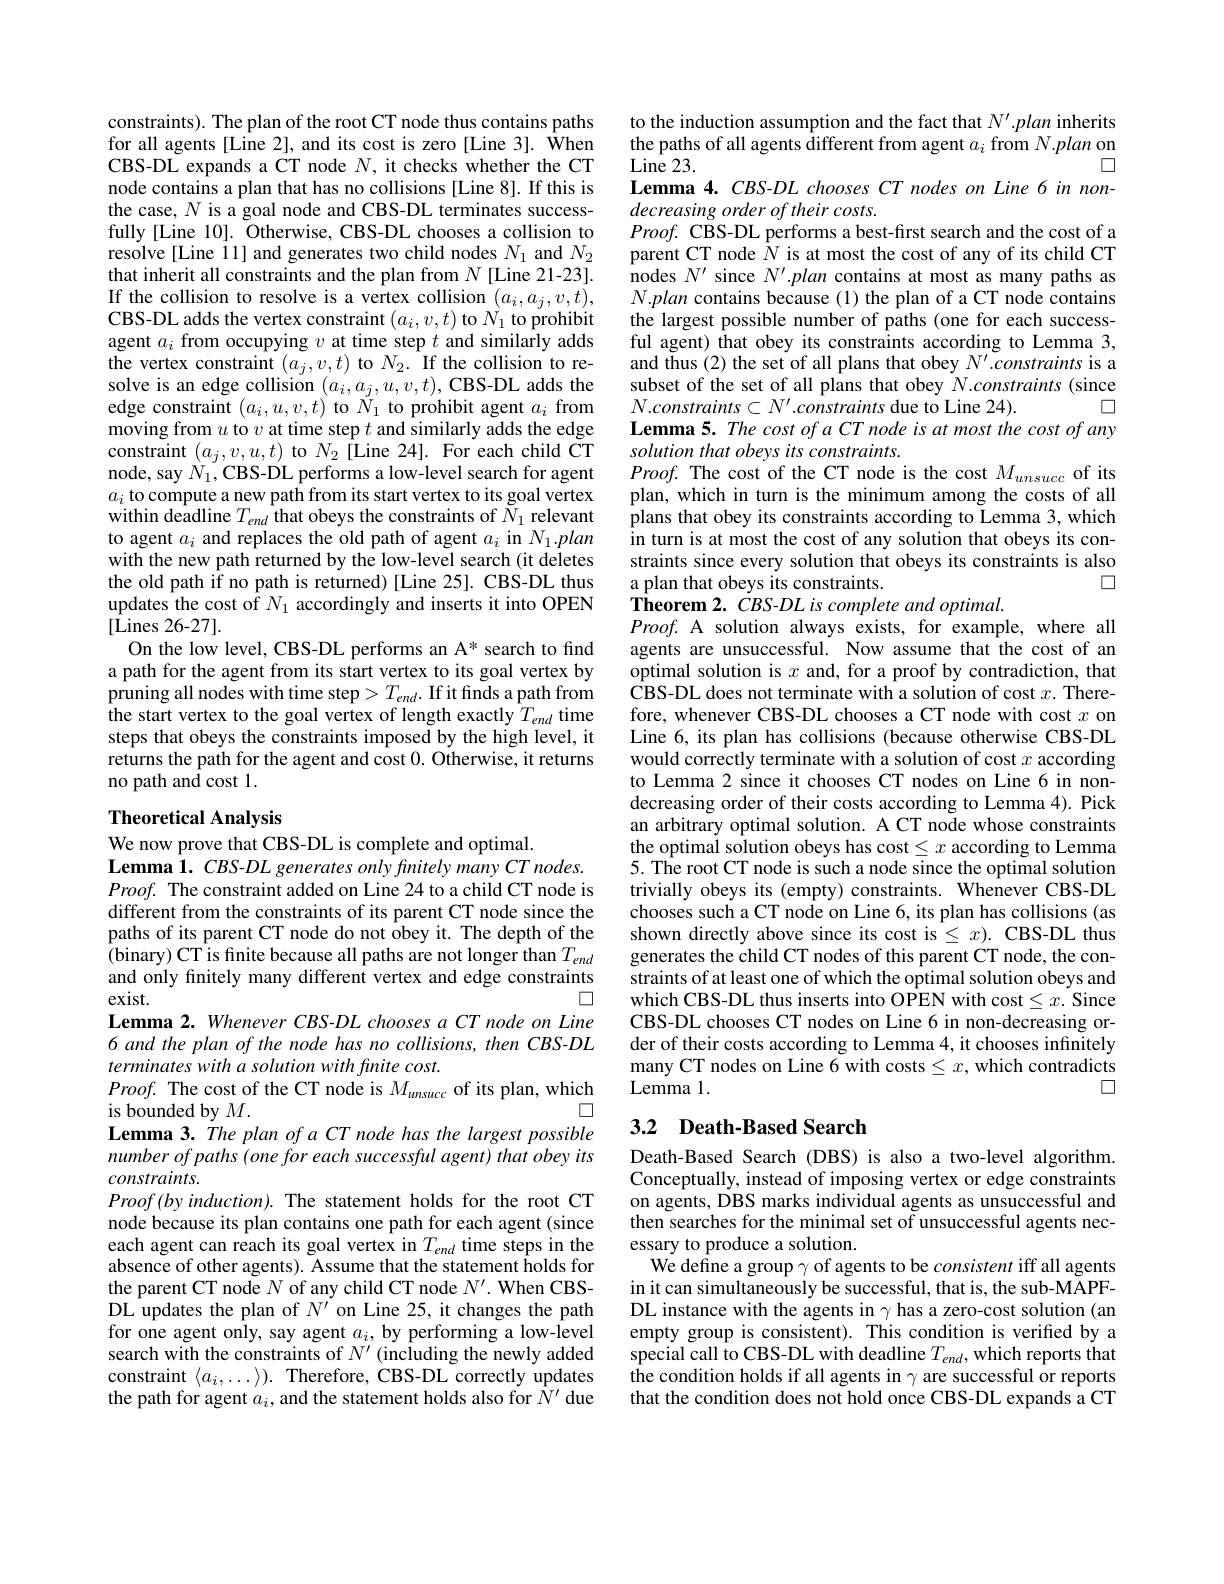
constraints). The plan of the root CT node thus contains paths for all agents [Line 2], and its cost is zero [Line 3]. When CBS-DL expands a CT node $N$, it checks whether the CT node contains a plan that has no collisions [Line 8]. If this is the case, $N$ is a goal node and CBS-DL terminates successfully [Line 10]. Otherwise, CBS-DL chooses a collision to resolve [Line 11] and generates two child nodes $N_1$ and $N_2$ that inherit all constraints and the plan from $N$ [Line 21-23]. If the collision to resolve is a vertex collision $(a_i,a_j,v,t)$, CBS-DL adds the vertex constraint $(a_i,v,t)$ to $N_1$ to prohibit agent $a_i$ from occupying $v$ at time step $t$ and similarly adds the vertex constraint $(a_j,v,t)$ to $N_2.$ If the collision to resolve is an edge collision $( a_i, a_j, u, v, t) , \textbf{CBS- DL adds the}$ edge constraint $(a_i,u,v,t)$ to $N_1$ to prohibit agent $a_i$ from moving from $u$ to $v$ at time step $t$ and similarly adds the edge constraint $(a_j,v,u,t)$ to $N_2$ [Line 24]. For each child CT node, say $N_{1}$,CBS-DL performs a low-level search for agent $a_i$ to compute a new path from its start vertex to its goal vertex within deadline $T_end$ that obeys the constraints of $\tilde{N}_{1}$ relevant to agent $a_i$ and replaces the old path of agent $a_i$ in $N_1.plan$ with the new path returned by the low-level search (it deletes the old path if no path is returned) [Line 25]. CBS-DL thus updates the cost of $N_1$ accordingly and inserts it into OPEN [Lines 26-27].
On the low level, CBS-DL performs an A* search to find a path for the agent from its start vertex to its goal vertex by pruning all nodes with time step$>T_end.$ If it finds a path from the start vertex to the goal vertex of length exactly $T_{end}$ time steps that obeys the constraints imposed by the high level, it returns the path for the agent and cost 0. Otherwise, it returns no path and cost 1.

## Theoretical Analysis

We now prove that CBS-DL is complete and optimal.
Lemma 1. CBS-DL generates only finitely many CT nodes. $Proof.$ The constraint added on Line 24 to a child CT node is different from the constraints of its parent CT node since the paths of its parent CT node do not obey it. The depth of the (binary) CT is finite because all paths are not longer than $T_end$ and only finitely many different vertex and edge constraints
口
exist.
Lemma 2. Whenever CBS-DL chooses a CT node on Line 6 and the plan of the node has no collisions, then CBS-DL terminates with a solution with finite cost.
$Proof.$ The cost of the CT node is $M_unsucc$ of its plan, which
$\square$
is bounded by $M.$
Lemma 3. The plan of a CT node has the largest possible number of paths ( one for each successful agent) that obey its constraints.
$Proof\left(byinduction\right).$ The statement holds for the root CT node because its plan contains one path for each agent (since each agent can reach its goal vertex in $T_{end}$ time steps in the absence of other agents). Assume that the statement holds for the parent CT node $N$ of any child CT node $N^\prime.$ When CBSDL updates the plan of $N^{\prime}$ on Line 25, it changes the path for one agent only, say agent $a_i$, by performing a low-level search with the constraints of $N^\prime$ (including the newly added constraint $\langle a_i,\ldots\rangle).$ Therefore, CBS-DL correctly updates the path for agent $a_i$, and the statement holds also for $N^\prime$ due

straints since every solution that obeys its constraints is also
$\square$

to the induction assumption and the fact that $N^\prime.plan$ inherits the paths of all agents different from agent $a_i$ from $N.plan$ on
$\square$
Line 23.
Lemma 4. CBS-DL chooses CT nodes on Line 6 in non-
decreasing order of their costs.
$Proof.$ CBS-DL performs a best-first search and the cost of a parent CT node $N$ is at most the cost of any of its child CT iodes $N^{\prime }$ since $N^\prime.plan$ contains at most as many paths as $N.plan$ contains because (1) the plan of a CT node contains the largest possible number of paths (one for each successful agent) that obey its constraints according to Lemma 3, and thus (2) the set of all plans that obey $N^\prime.\tilde{constraints}$ is a subset of the set of all plans that obey $N.constraints$ (since $N.constraints\subset N^{\prime}.constraints$ due to Line 24).
$\square$
Lemma 5. The cost of a CT node is at most the cost of any
solution that obeys its constraints.
$Proof.$ The cost of the CT node is the cost $M_unsucc$ of its plan, which in turn is the minimum among the costs of all plans that obey its constraints according to Lemma 3, which in turn is at most the cost of any solution that obeys its cona plan that obeys its constraints.
Theorem 2. CBS-DL is complete and optimal.
$Proof.$ A solution always exists, for example, where all agents are unsuccessful. Now assume that the cost of an optimal solution is $x$ and, for a proof by contradiction, that $\hat{\text{CBS-DL does not terminate with a solution of cost }x.}$Therefore, whenever CBS-DL chooses a CT node with cost $x$ on Line 6, its plan has collisions (because otherwise CBS-DL would correctly terminate with a solution of cost $x$ according to Lemma 2 since it chooses CT nodes on Line 6 in nondecreasing order of their costs according to Lemma 4). Pick an arbitrary optimal solution. A CT node whose constraints $\begin{array}{l}\text{the optimal solution obeys has cost}\leq x\text{ according to Lemma}\\5.\text{The root CT node is such a node since the optimal solution}\end{array}$ trivially obeys its (empty) constraints. Whenever CBS-DL chooses such a CT node on Line 6, its plan has collisions (as shown directly above since its cost is $\leq x).$ CBS-DL thus generates the child CT nodes of this parent CT node, the constraints of at least one of which the optimal solution obeys and which CBS-DL thus inserts into OPEN with cost$\leq x.$ Since CBS-DL chooses CT nodes on Line 6 in non-decreasing order of their costs according to Lemma 4, it chooses infinitely many CT nodes on Line 6 with costs $\leq x$, which contradicts
$\square$
Lemma 1.

# 3.2 Death-Based Search

Death-Based Search (DBS) is also a two-level algorithm. Conceptually, instead of imposing vertex or edge constraints on agents, DBS marks individual agents as unsuccessful and then searches for the minimal set of unsuccessful agents necessary to produce a solution.
We define a group $\gamma$ of agents to be consistent iff all agents in it can simultaneously be successful, that is, the sub-MAPFDL instance with the agents in $\gamma$ has a zero-cost solution (an empty group is consistent). This condition is verified by a special call to CBS-DL with deadline $T_end$, which reports that the condition holds if all agents in $\gamma$ are successful or reports that the condition does not hold once CBS-DL expands a CT